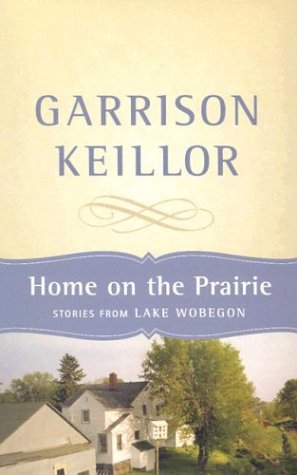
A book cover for Home on the Prairie: Stories from Lake Wobegon; Garrison Keillor; Humor & Entertainment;